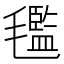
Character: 𣰦